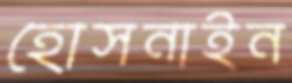
হোসনাইন